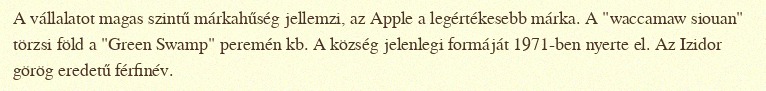
A vállalatot magas szintű márkahűség jellemzi, az Apple a legértékesebb márka. A "waccamaw siouan" törzsi föld a "Green Swamp" peremén kb. A község jelenlegi formáját 1971-ben nyerte el. Az Izidor görög eredetű férfinév.